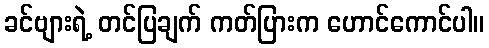
ခင်ဗျားရဲ့ တင်ပြချက် ကတ်ပြားက ဟောင်ကောင်ပါ။